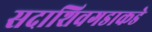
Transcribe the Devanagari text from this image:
सदाशिवगडाकडे